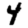
Digit: 4